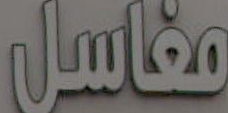
مغاسل